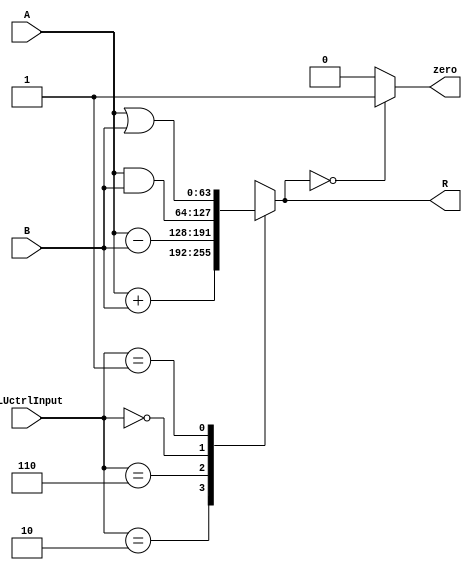
module ALU(input [63:0]A,B,input[3:0]ALUctrlInput,output reg [63:0]R,output reg zero);
  
  always@(*)begin
    case (ALUctrlInput)
      4'b0010:R=A+B;
      4'b0110:R=A-B;
      4'b0000:R=A&B;
      4'b0001:R=A|B;
      default:R=64'hxxxxxxxxxxxxxxxx;
    endcase
    if(R==0)zero=1;
    else zero=0;
  end
endmodule